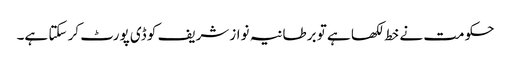
حکومت نے خط لکھا ہے تو برطانیہ نوازشریف کو ڈی پورٹ کر سکتا ہے۔